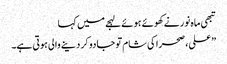
تبھی ماہ نور نے کھوئے ہوئے لہجے میں کہا
” علی، صحرا کی شام تو جادو کر دینے والی ہوتی ہے۔